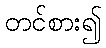
တင်စား၍